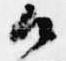
御